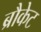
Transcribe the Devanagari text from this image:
ब्रौकेट